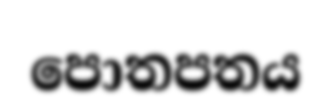
පොතපතය